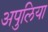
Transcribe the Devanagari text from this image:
अपुलिया